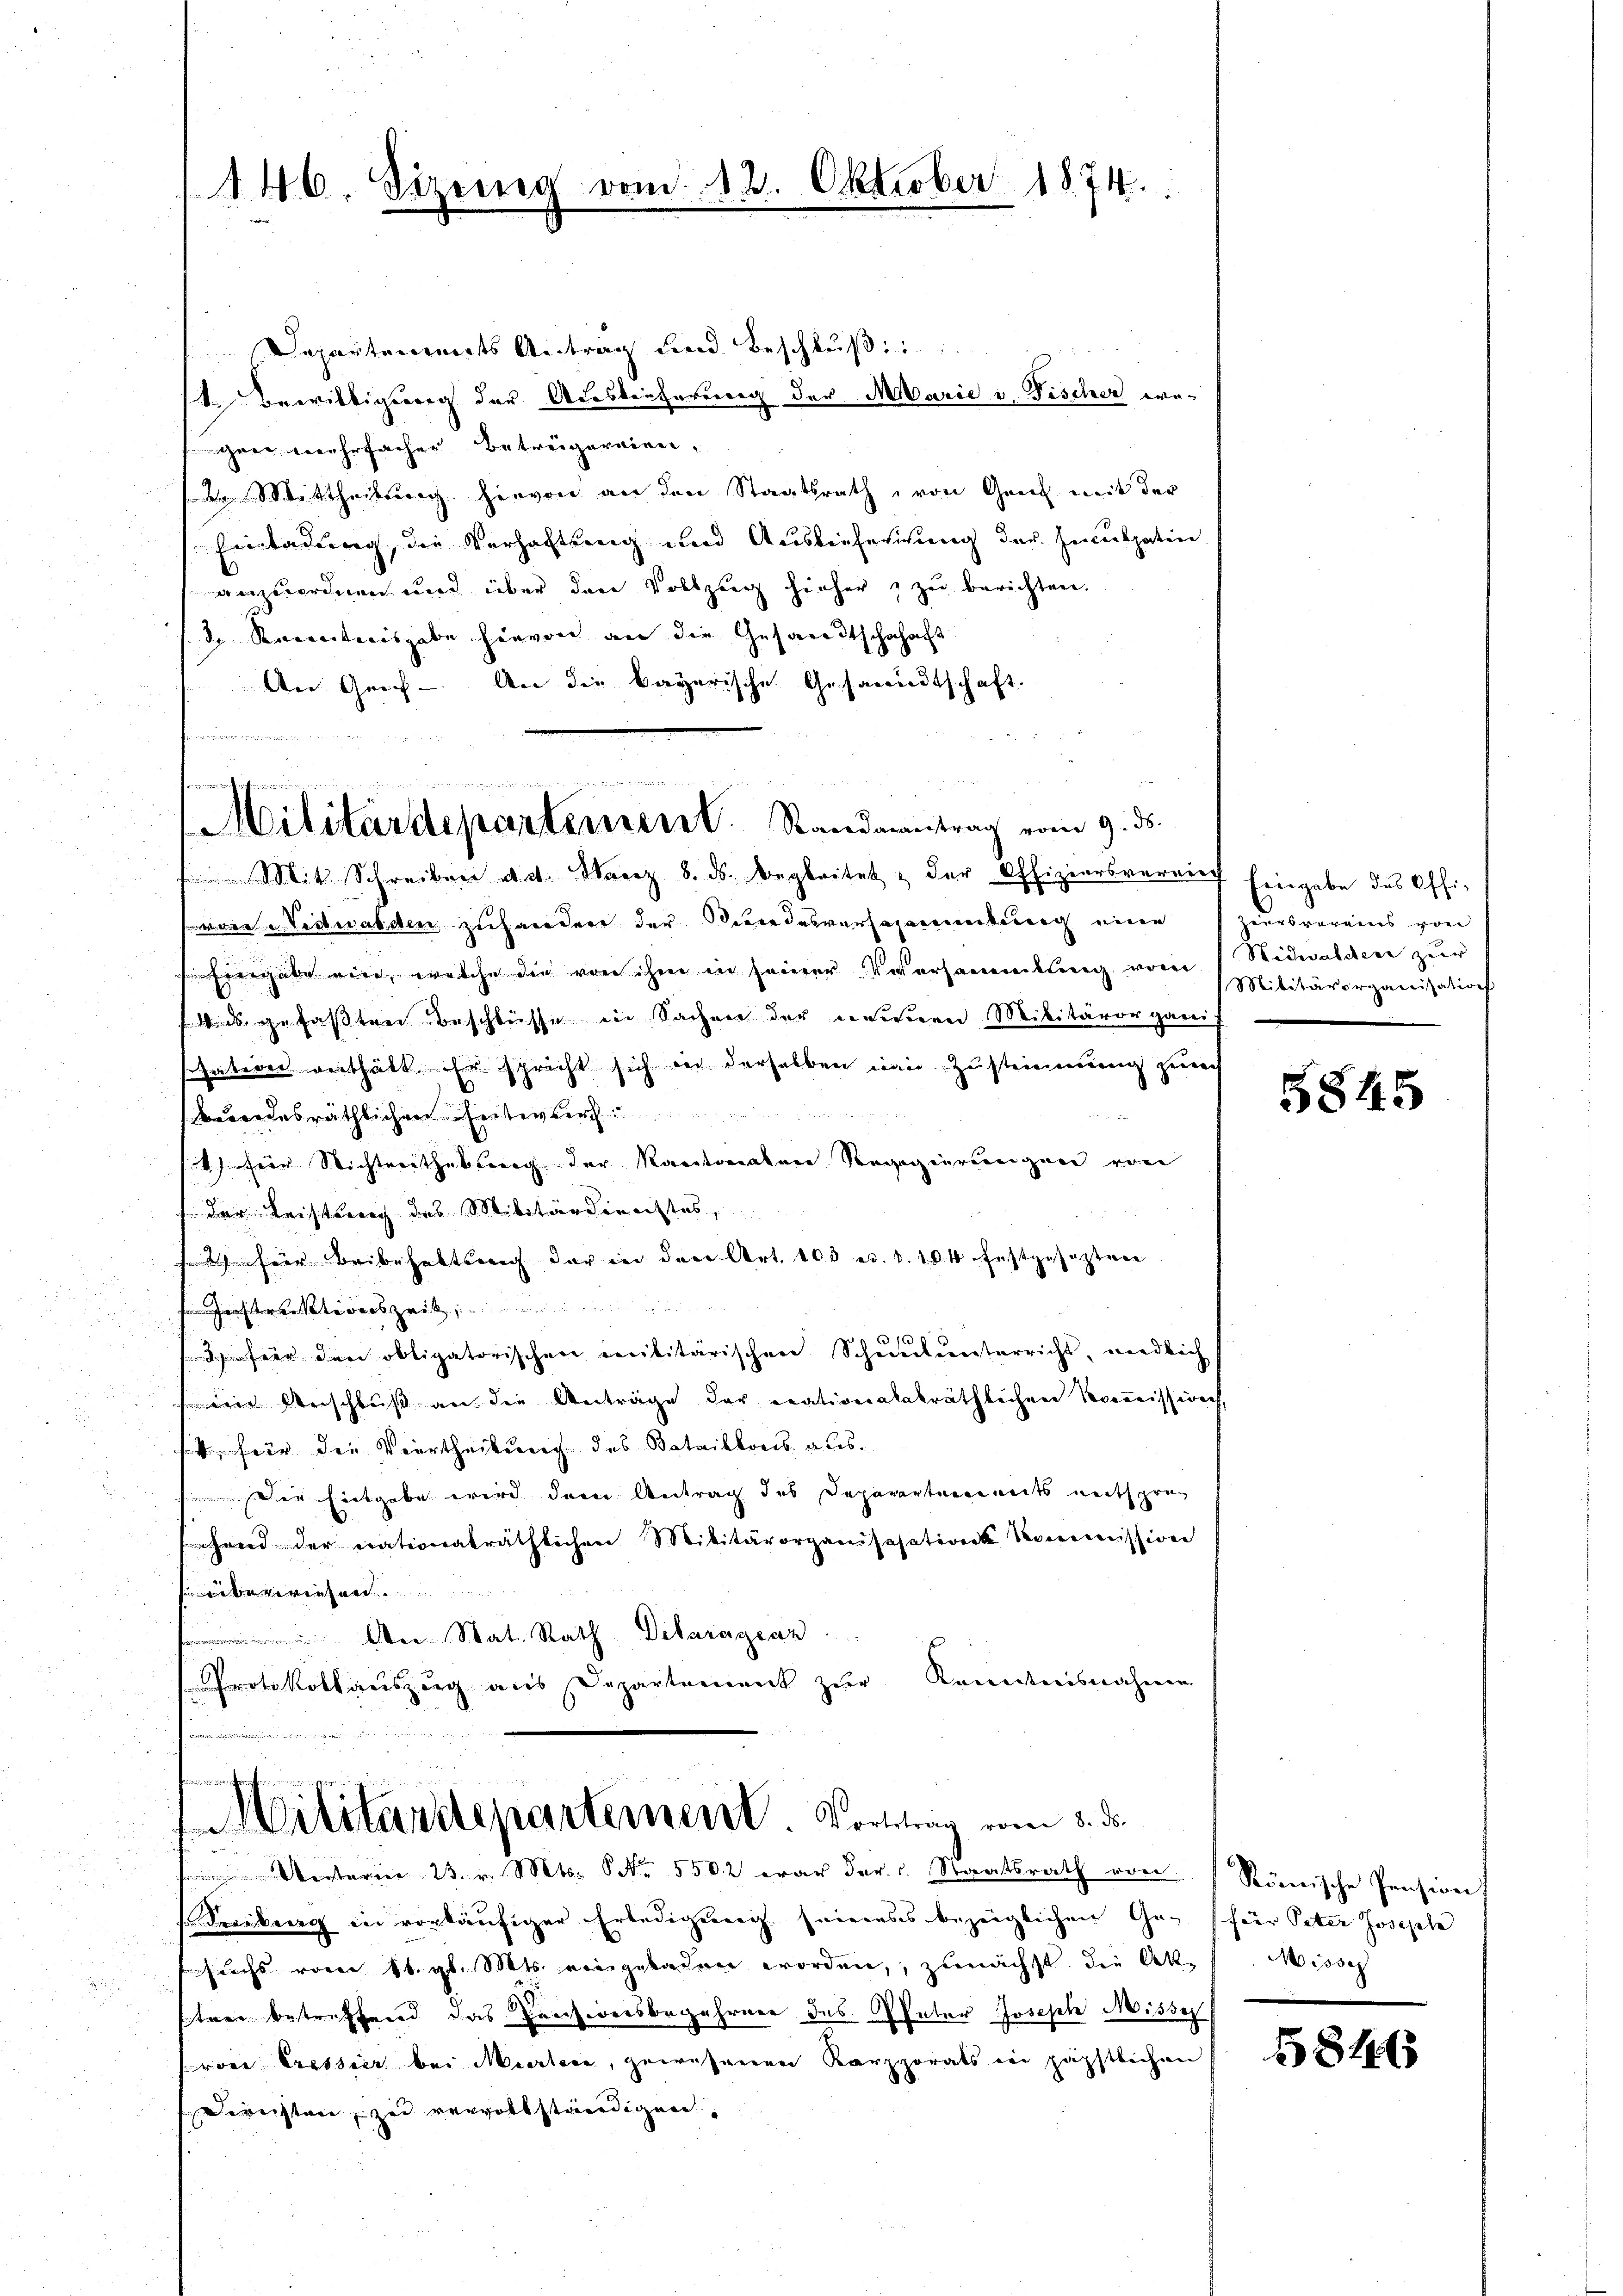
146. Sizend

Departements Antrag und Beschluß
t. Bewilligung der Adesleiterung der Marie u. Fischer we¬
Gree, mehrfacher Betrugereien,
Mittheilung hervon an den Staatsrath, von Genf mit der
Einladung, die Verhaftung und Auslieferung der Inculpatin
anzuordnen und über den Vollzug hieher zŭ berichten.
 Renntnisgabe hievon an die Gesandtschahaft
An Griff- An die bayerische Gesammtschaft.
n

vom 12. Oktober 1874.

von Nidwalden zuhandere der Bundesversammenkung eine
Eingabe wird, welche die von ihm in seiner Versammlung vom 1 Nidwalden zur
 gefaßten Beschlüsse in Sachen der neunen Militärorganis
sation verthält. Er spricht sich in derselben man Zustimmung zurech
berordesräthlichen Reiter Ber
) für Nichtverthaltung der Kantonalen Ragagierungen von
der Leistung des Militärdienstes,
2 für Beibehaltsnach der in drei Art. 103 u. d. 104 festgeseztere
eestreisgeri
16
3 für den obligatorischen Militärischen Schmuckernterricht, windlich
ine Verschluß an die Anträge der erativerabakräthlichen Roomnisserich,
 für die Viertheilung des Bataillons ausder Eingabe wird dem Antrag des Deparartinereits entsprec
shand der erativerträthlichen Militärorganisasation Kommission
eeberwiesen.
An Stat. Rath Dilaragrar
Protokollauszug aus Departement zur Kenntnisnahme

un
sonach ihren
ACilitärdepartement. Standeantrag vom 9. 55.
 Mit Schreiben d. d. März 8. ds. begleitet & der Offiziersverrief Eingabe des Offi¬

B
Militärdepartement. Vortrag vom 8. ds.
tvier 23. v. Mts. S. 5502 war der Staatsrath von

eciburg in vorläufiger Erledigung seines bezeiglichen Gefuchs vom 16. gl. Mts. eingeladen worden, zunächst die Ak. Misse
tree betreffend das Pensionsbegehrner des Pater Joseph Misses
ron Cressier bei Murtern, gewesenen Karporats in päpstlichen
deweister zu vervollständigern

Zeurbereins von
Militärorganisation

5845

Römische Pension
(für Peter Josefele

5846